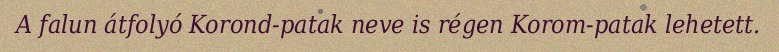
A falun átfolyó Korond-patak neve is régen Korom-patak lehetett.